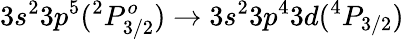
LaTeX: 3s^{2}3p^{5}(^{2}P_{3/2}^{o})\rightarrow 3s^{2}3p^{4}3d(^{4}P_{3/2})